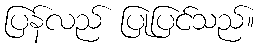
ပြန်လည် ပြုပြင်သည်။